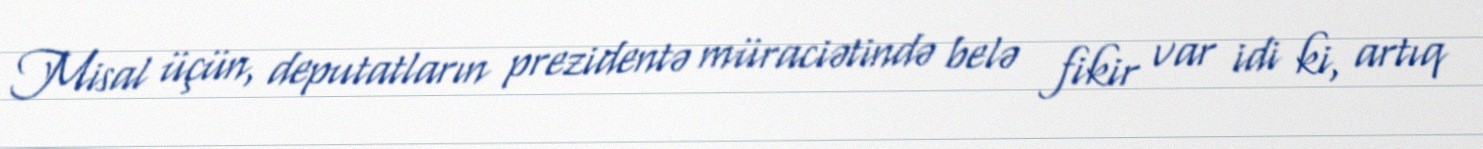
Misal üçün, deputatların prezidentə müraciətində belə fikir var idi ki, artıq